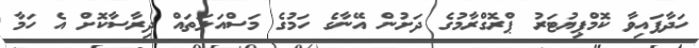
ހަދާފައިވާ ކޮމްޕިޔުޓަރު ޕްރޮގްރާމުގެ ދަށުން އޭނާގެ ހަމުގެ މަސްއަލަތައް ދިރާސާކޮށް އެ ހަމާ